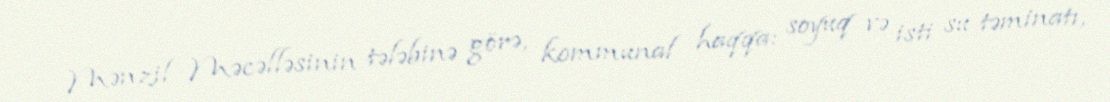
Mənzil Məcəlləsinin tələbinə görə, kommunal haqqa: soyuq və isti su təminatı,